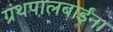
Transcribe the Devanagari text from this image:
ग्रंथपालबाईंना